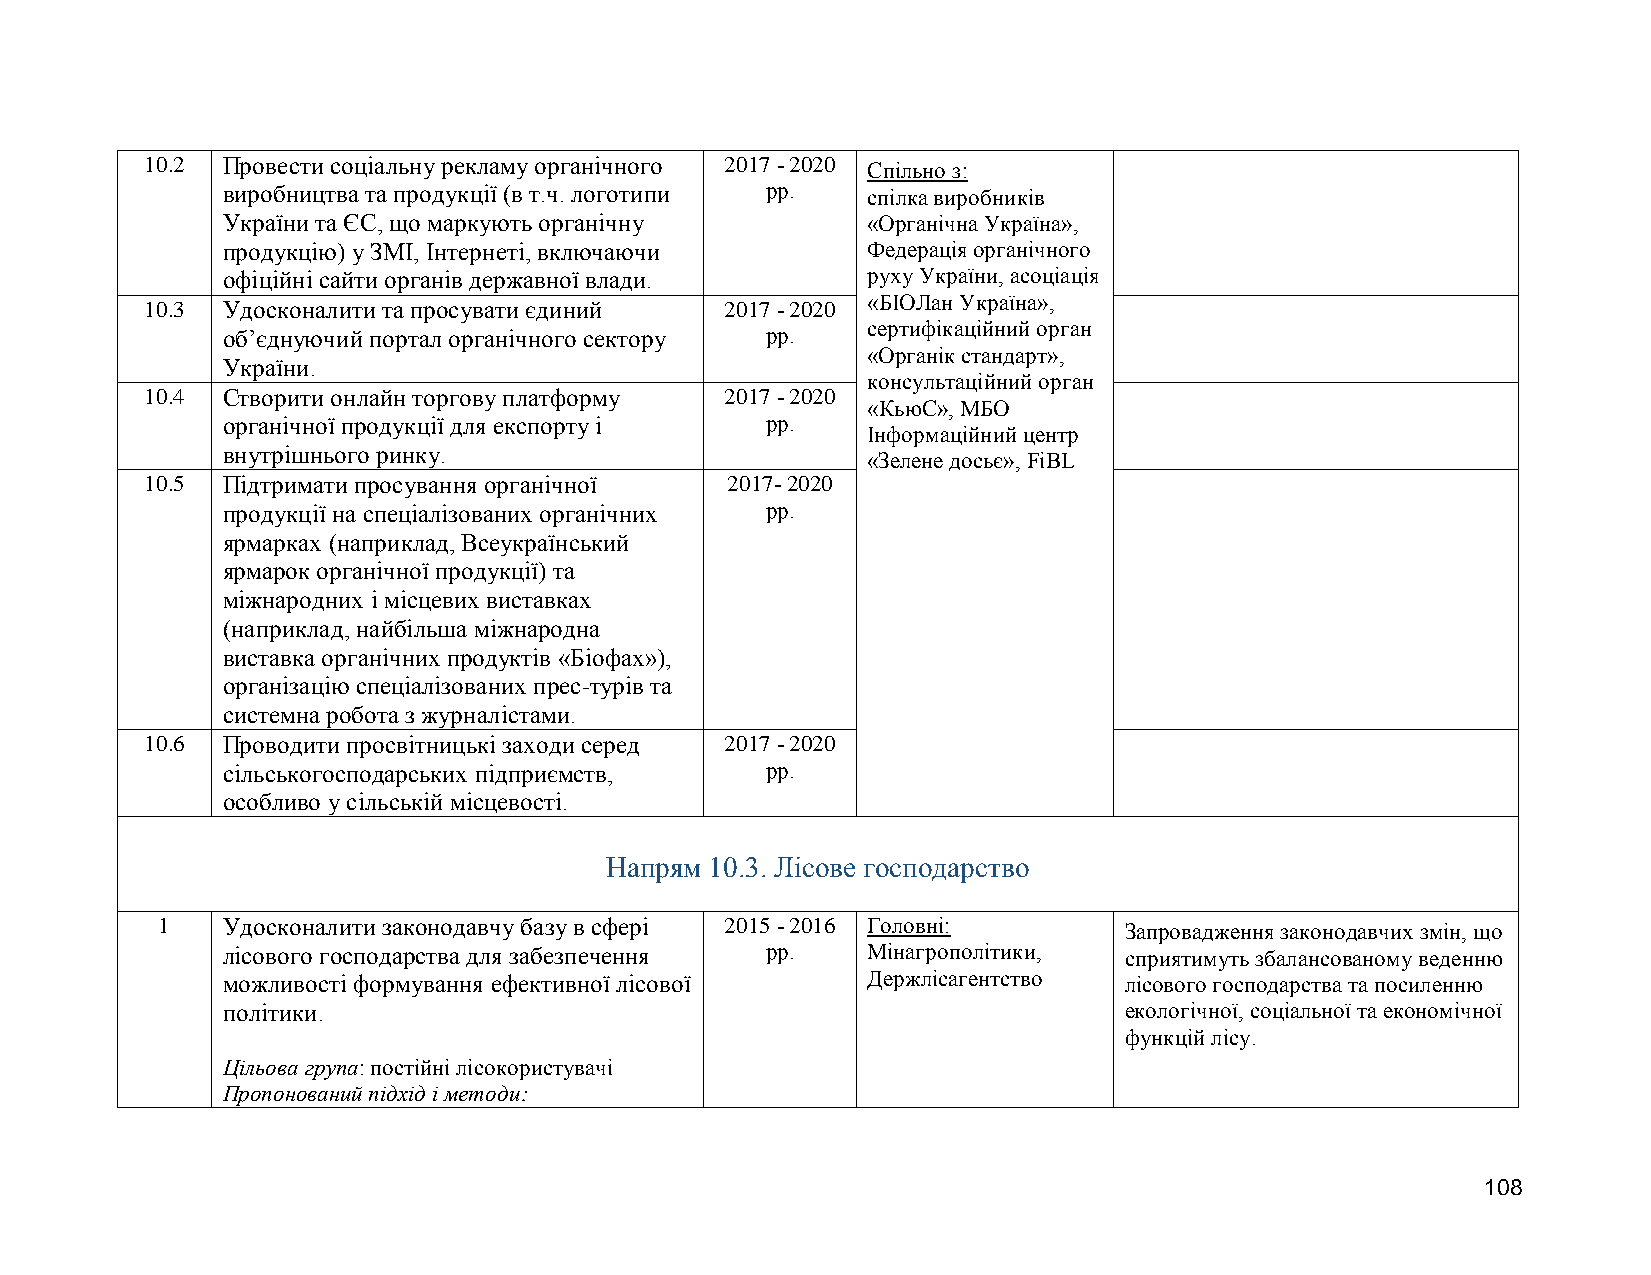
10.2 Провести соціальну рекламу органічного 2017 - 2020 Спільно з:
 виробництва та продукції (в т.ч. логотипи рр. спілка виробників
 України та ЄС, що маркують органічну      «Органічна Україна»,
 продукцію) у ЗМІ, Інтернеті, включаючи    Федерація органічного
 офіційні сайти органів державної влади.   руху України, асоціація
 «БІОЛан Україна»,
 10.3 Удосконалити та просувати єдиний 2017 - 2020
 сертифікаційний орган
 об’єднуючий портал органічного сектору рр.
 «Органік стандарт»,
 України.
 консультаційний орган
 10.4 Створити онлайн торгову платформу 2017 - 2020
 «КьюС», МБО
 органічної продукції для експорту і рр.
 Інформаційний центр
 внутрішнього ринку.
 «Зелене досьє», FiBL
 10.5 Підтримати просування органічної 2017- 2020
 продукції на спеціалізованих органічних рр.
 ярмарках (наприклад, Всеукраїнський
 ярмарок органічної продукції) та
 міжнародних і місцевих виставках
 (наприклад, найбільша міжнародна
 виставка органічних продуктів «Біофах»),
 організацію спеціалізованих прес-турів та
 системна робота з журналістами.
 10.6 Проводити просвітницькі заходи серед 2017 - 2020
 сільськогосподарських підприємств,  рр.
 особливо у сільській місцевості.
 Напрям 10.3. Лісове господарство
 1    Удосконалити законодавчу базу в сфері 2015 - 2016 Головні: Запровадження законодавчих змін, що
 лісового господарства для забезпечення рр. Мінагрополітики, сприятимуть збалансованому веденню
 можливості формування ефективної лісової  Держлісагентство лісового господарства та посиленню
 політики.                                                  екологічної, соціальної та економічної
 функцій лісу.
 Цільова група: постійні лісокористувачі
 Пропонований підхід і методи:
 108